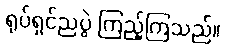
ရုပ်ရှင်ညပွဲ ကြည့်ကြသည်။